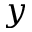
y